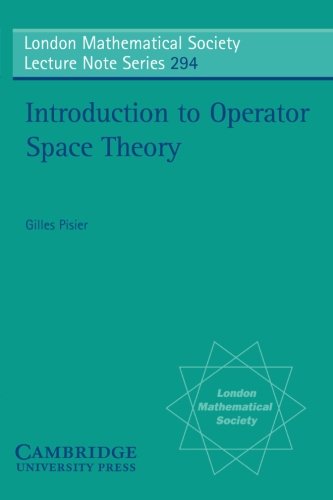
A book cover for Introduction to Operator Space Theory (London Mathematical Society Lecture Note Series); Gilles Pisier; Science & Math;